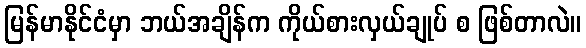
မြန်မာနိုင်ငံမှာ ဘယ်အချိန်က ကိုယ်စားလှယ်ချုပ် စ ဖြစ်တာလဲ။